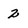
Character: 2